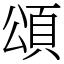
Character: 頌